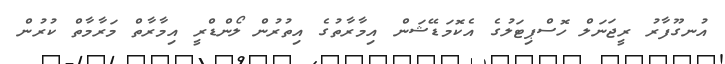
އުނގޫފާރު ރީޖަނަލް ހޮސްޕިޓަލުގެ އެކޮމަޑޭޝަން އިމާރާތުގެ އިތުރުން ލޯންޑްރީ އިމާރާތް މަރާމާތް ކުރުން